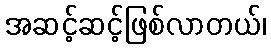
အဆင့်ဆင့်ဖြစ်လာတယ်၊